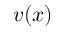
v ( x )